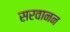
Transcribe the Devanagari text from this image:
सरवानन